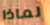
لماذا